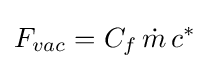
F_{vac}=C_{f}\,{\dot {m}}\,c^{*}